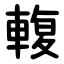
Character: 輹